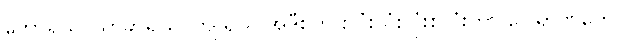
ဘော်ရယ်၊ သာခွာရယ်၊ ကျူရယ် အဲဒီစကားလုံးသုံးလုံးစလုံးဟာ ပေါရာဏတွေပါ။